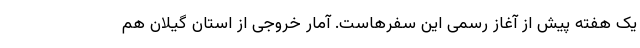
یک هفته پیش از آغاز رسمی این سفرهاست. آمار خروجی از استان گیلان هم